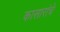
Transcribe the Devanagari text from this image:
कासारांचे